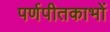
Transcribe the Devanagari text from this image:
पर्णपीतकाभों